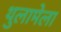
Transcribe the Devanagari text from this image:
थुलामेला